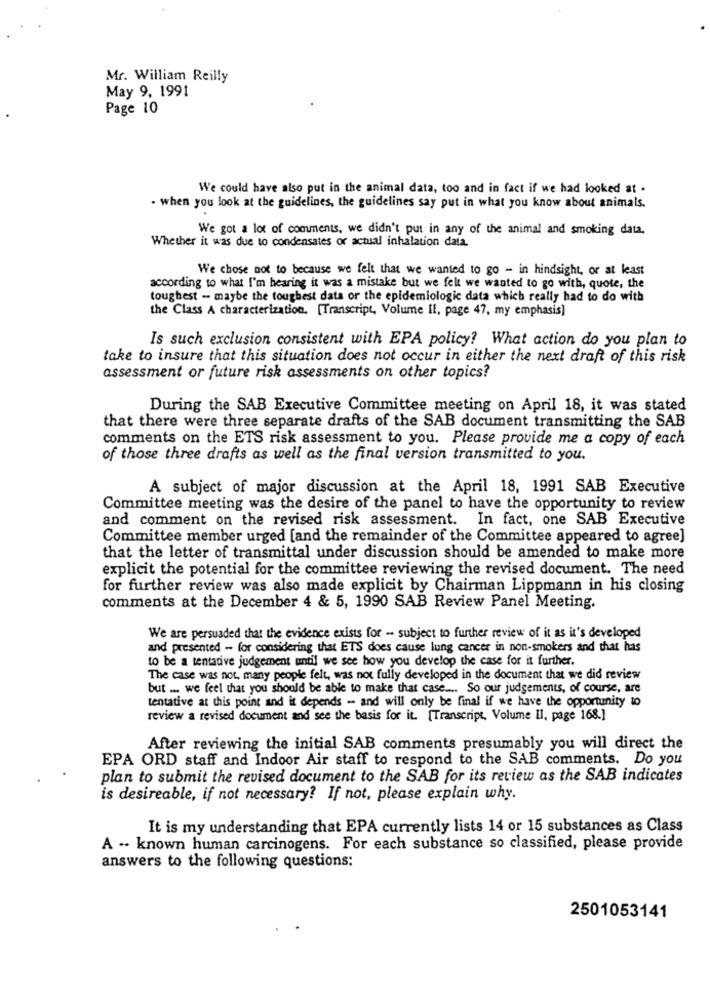
Mr. William Reilly
May 9, 1991
Page 10
We could have also put in the animal data, too and in fact if we had looked at .
· when you look at the guidelines, the guidelines say put in what you know about animals.
We got a lot of comments, we didn't put in any of the animal and smoking data.
Whether it was due to condensates or actual inhalation data.
We chose not to because we felt that we wanted to go - in hindsight, or at least
according to what I'm hearing it was a mistake but we felt we wanted to go with, quote, the
toughest - maybe the toughest data or the epidemiologic data which really had to do with
the Class A characterization. [Transcript, Volume If, page 47, my emphasis]
Is such exclusion consistent with EPA policy? What action do you plan to
take to insure that this situation does not occur in either the next draft of this risk
assessment or future risk assessments on other topics?
During the SAB Executive Committee meeting on April 18, it was stated
that there were three separate drafts of the SAB document transmitting the SAB
comments on the ETS risk assessment to you. Please provide me a copy of each
of those three drafts as well as the final version transmitted to you.
A subject of major discussion at the April 18, 1991 SAB Executive
Committee meeting was the desire of the panel to have the opportunity to review
and comment on the revised risk assessment. In fact, one SAB Executive
Committee member urged [and the remainder of the Committee appeared to agree]
that the letter of transmittal under discussion should be amended to make more
explicit the potential for the committee reviewing the revised document. The need
for further review was also made explicit by Chairman Lippmann in his closing
comments at the December 4 & 5, 1990 SAB Review Panel Meeting.
We are persuaded that the evidence exists for - subject to further review of it as it's developed
and presented - for considering that ETS does cause lung cancer in non-smokers and that has
to be a tentative judgement until we see how you develop the case for it further.
The case was not, many people felt, was not fully developed in the document that we did review
but ... we feel that you should be able to make that case ... So our judgements, of course, are
tentative at this point and it depends - and will only be final if we have the opportunity to
review a revised document and see the basis for it. [Transcript, Volume II, page 168.]
After reviewing the initial SAB comments presumably you will direct the
EPA ORD staff and Indoor Air staff to respond to the SAB comments. Do you
plan to submit the revised document to the SAB for its review as the SAB indicates
is desireable, if not necessary? If not, please explain why.
It is my understanding that EPA currently lists 14 or 15 substances as Class
A - known human carcinogens. For each substance so classified, please provide
answers to the following questions:
2501053141